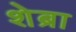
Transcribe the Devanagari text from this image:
शेब्रा